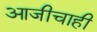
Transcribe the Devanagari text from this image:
आजीचाही